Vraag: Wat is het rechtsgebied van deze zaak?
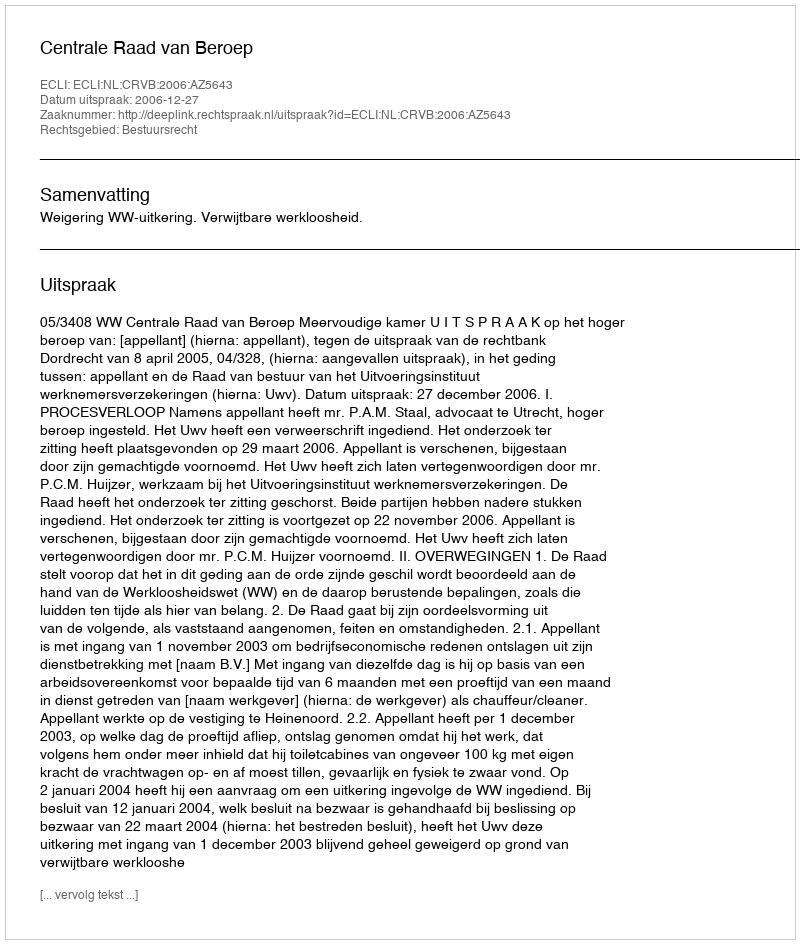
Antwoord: Bestuursrecht